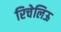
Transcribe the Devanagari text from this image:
रिचेलिऊ